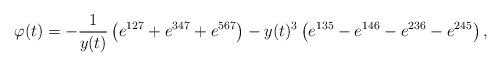
LaTeX: \begin{align*}\varphi(t)=-\frac{1}{y(t)}\left(e^{127}+e^{347}+e^{567}\right)-y(t)^3\left(e^{135}-e^{146}-e^{236}-e^{245}\right),\end{align*}